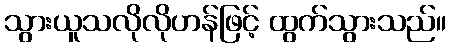
သွားယူသလိုလိုဟန်ဖြင့် ထွက်သွားသည်။